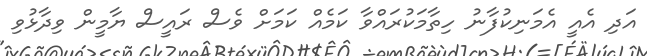
އަދި އެއީ އެމަނިކުފާނު ހިތާމަކުރައްވާ ކަމެއް ކަމަށް ވެސް ރައީސް ޔާމީން ވިދާޅުވި